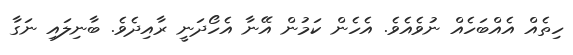
ހިތެއް އެއްބަހެއް ނުވެއެވެ. އެހެން ކަމުން އޭނާ އެހޯދަނީ ރާއިދެވެ. ބާނިލައި ނަގާ